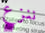
ننزع